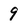
Character: 9